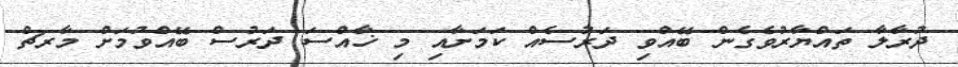
ދުރާލާ ތައްޔާރުވެގެން ބޭއްވި ދަރުސެއް ކަމަށާއި މި ޚާއްސަ ދަރުސް ބޭއްވުމަށް މާރޗް